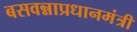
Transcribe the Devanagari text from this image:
बसवन्नाप्रधानमंत्री